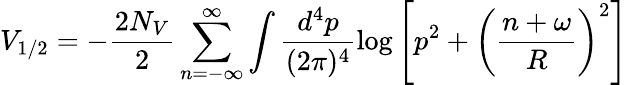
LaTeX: V_{1/2}=-\frac{2N_{V}}{2}\sum_{n=-\infty}^{\infty}\int\frac{d^{4}p}{(2\pi)^{4}}\log\left[p^{2}+\left(\frac{n+\omega}{R}\right)^{2}\right]